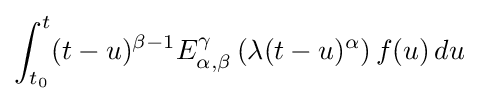
\int _{t_{0}}^{t}(t-u)^{\beta -1}E_{\alpha ,\beta }^{\gamma }\left(\lambda (t-u)^{\alpha }\right)f(u)\,du